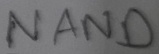
Text: NAND